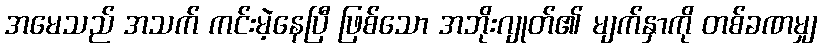
အမေသည် အသက် ကင်းမဲ့နေပြီ ဖြစ်သော အဘိုးဂျုတ်၏ မျက်နှာကို တစ်ခဏမျှ